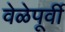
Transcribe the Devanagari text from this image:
वेळेपूर्वी